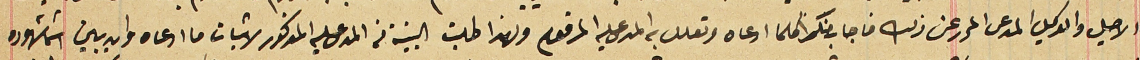
الاصيل والوكيل المدعى المحرر عن ذلك فاجاب منكراً كلما ادعاه وتعلل به المدعى عليه المرقوم ولهذا طلبت البينة من المدعى عليه المذكور لاثبات ما ادعاه وان يبين اسَما شهوده